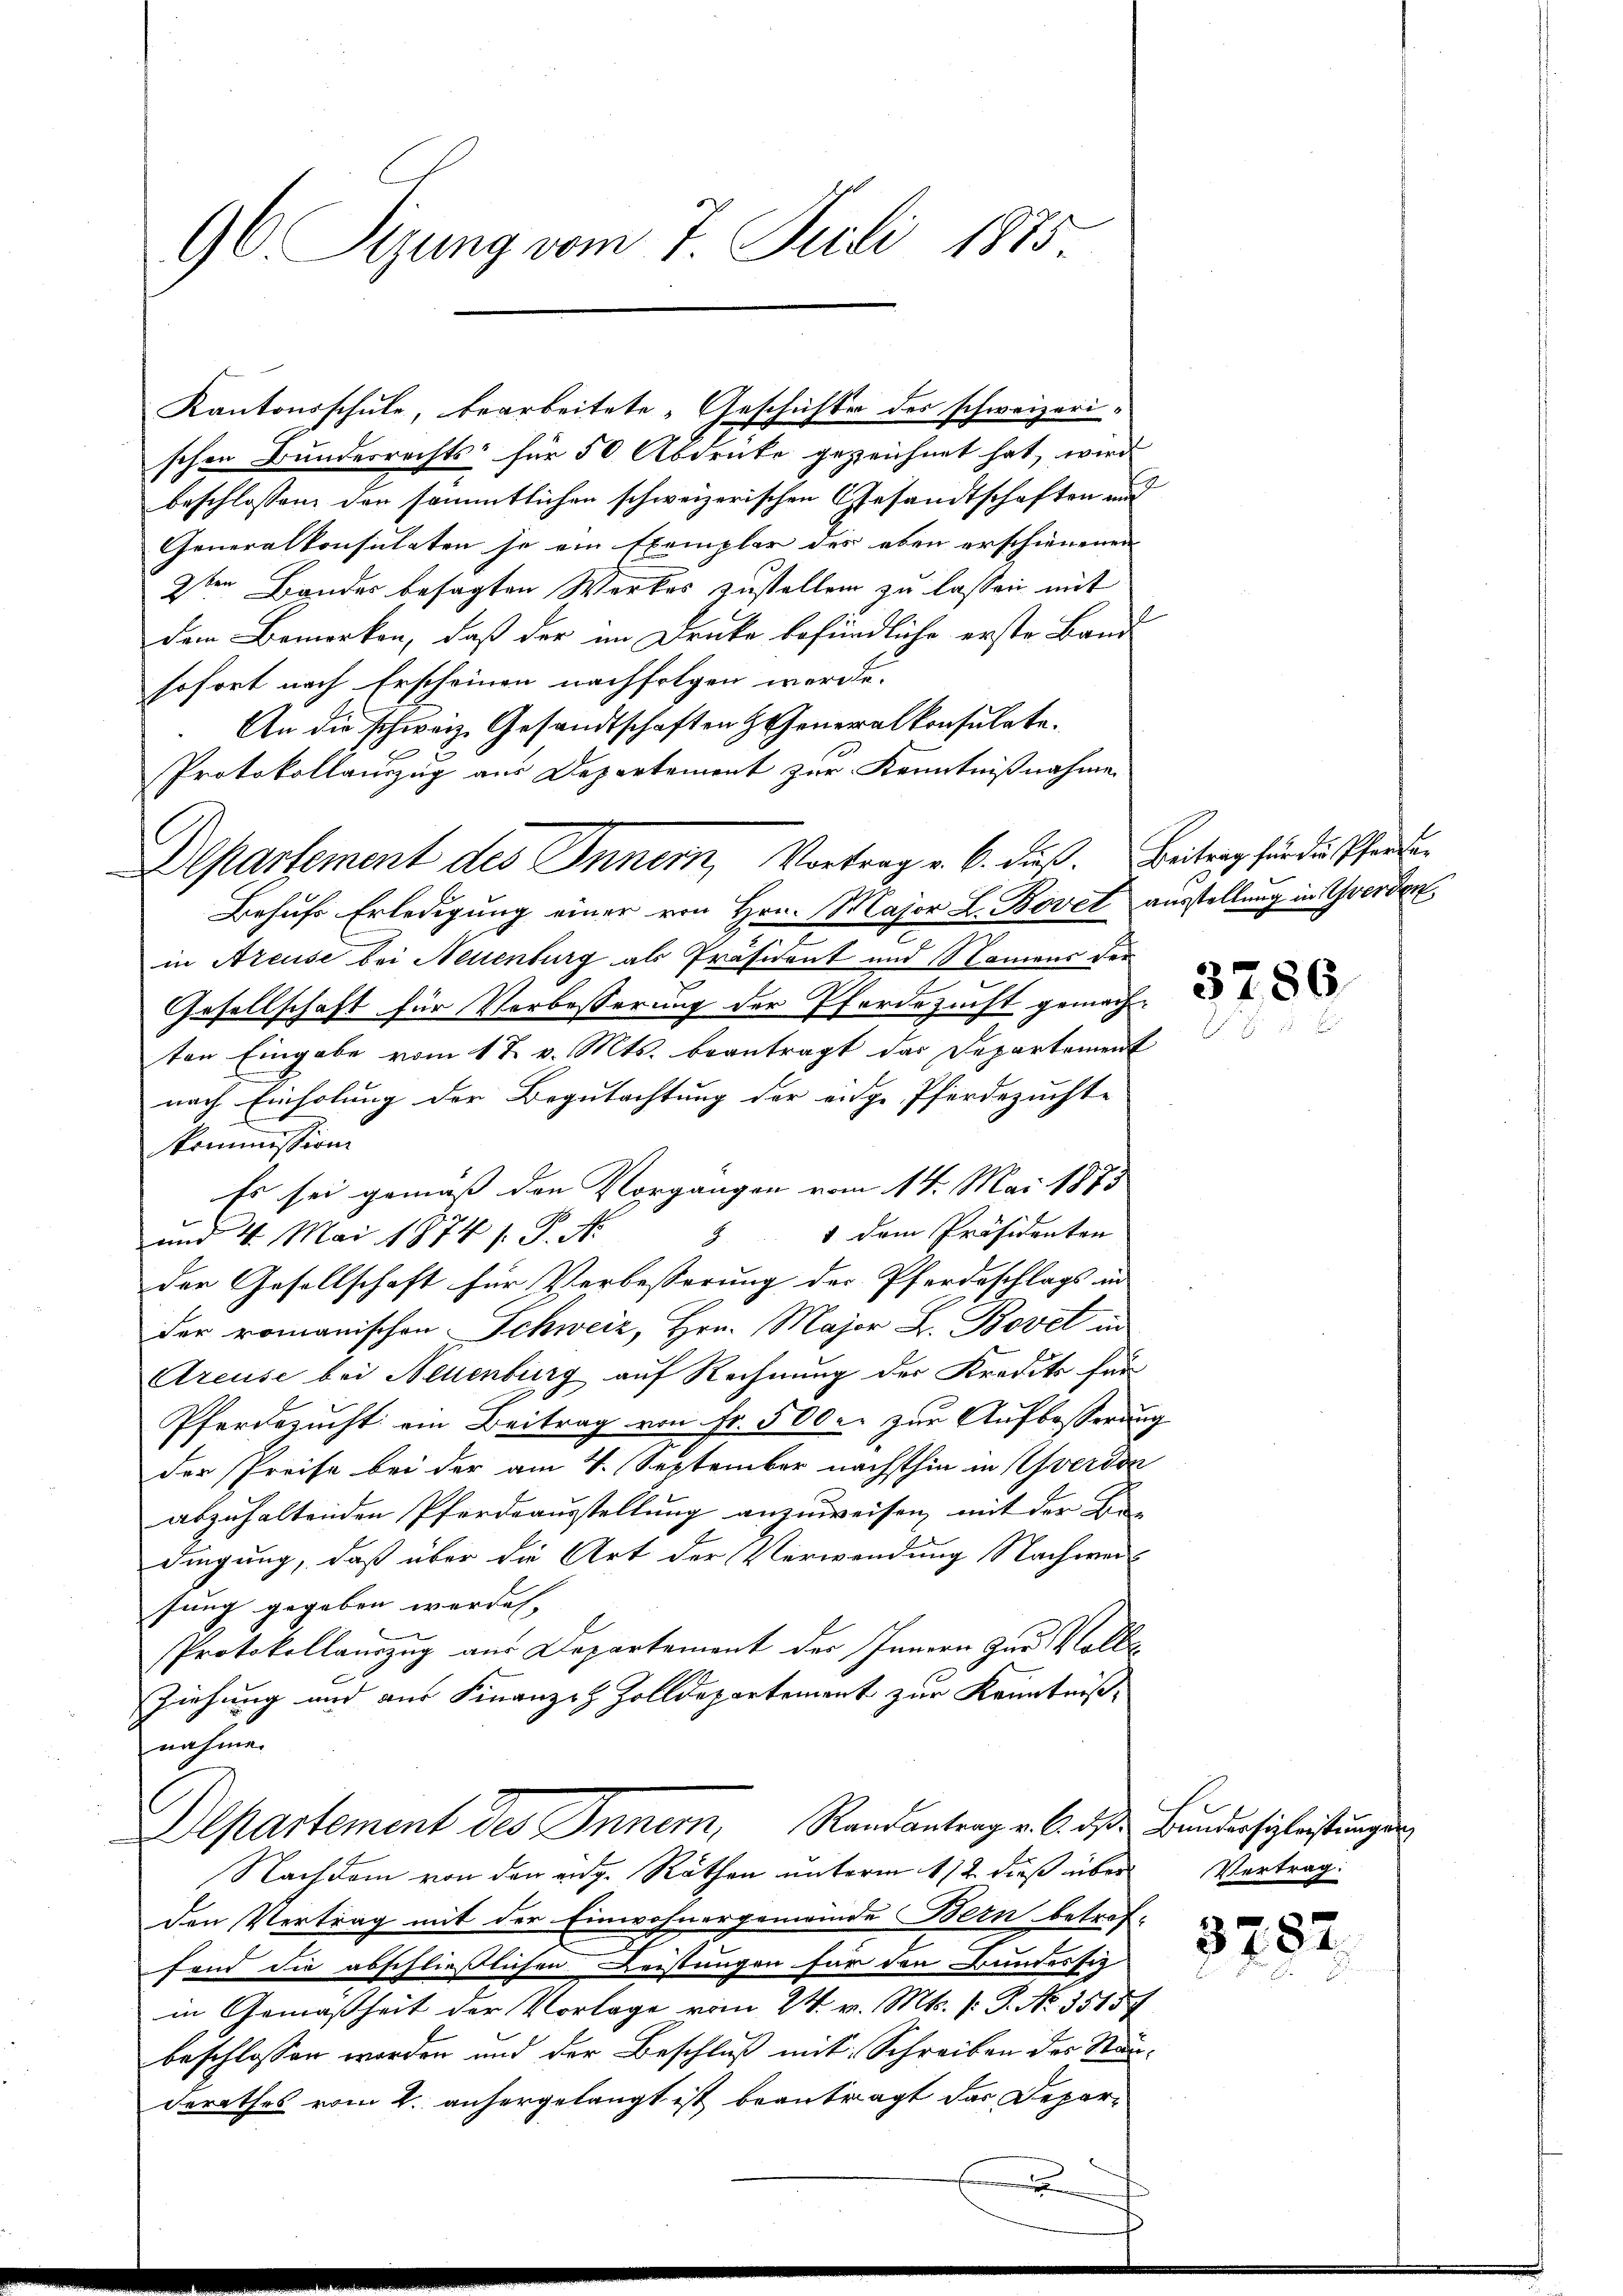
96 Sizung vom 7. Juli 1875.

Kantonsschule, bearbeitete „Geschichter des schweizeri-
schen Bundesrechts für 50 Abdruke gezeichnet hat, wird,
beschlossen, den sämmtlichen schweizerischen Gesandtschaften und
Generalkonsulaten se ein Exemplar des eben erschienenen
2ten Bander besagten Werkes zustellen zu lassen mit
dem Bemerken, daß der im Drucke befündliche erste Band
sofort nach Erscheinen nachfolgen werde.
An die schweiz. Gesandtschaften Generalkonsulate.
Protokollauszug aus Departement zur Kenntnißnahme
Behufs Erledigung einer von Hrn. Major L. Bovet ausstellung in Werden
e
in Areuse bei Neuenburg als Präsident und Namens der
Gesellschaft für Verbesserung der Pferdezucht gemachten Eingabe vom 17. v. Mts. beantragt das Departement
nach Einholung der Begutachtung der eidge Pferdezuchte
kommission
Es sei gemäß den Vorgangen vom 14. Mai 1873
§ 1 dem Präsidenten
und 4. Mai 1874 s. P. Nr.
der Gesellschaft für Verbesserung der Pferdeschlags in
der romanischen Schweiz, Hrn. Major L. Bovet in
Areuse bei Neuenburg auf Rechnung der Kredits für
Pferdezucht ein Beitrag von Fr. 500 r. zur Aufbesserung
der Preise bei der am 4. September nächsthin in verdon
abzuhaltenden Pferdeausstellung anzuweisen, mit der Be-
dingung, daß über die Art der Verwendung Nachweisung gegeben werden, |
Protokollauszug aus Departement des Innern zur Volle
Ziehung und aus Finanziz Zolldepartement zur Kenntniß,
nahme.
Departement des Inner, Randantrag v. 6. ds Bundersieleistungen
Nach dem von den eidg. Räthen unterm 112. dieß über
den Vertrag mit der Einwohnergemeinde Bern betreffond die abschließlichen Leistungen für den Bundessitz
in Gemäßheit der Vorlage vom 24. v. Mts. (: P. No. 3515
beschlossen werden und der Beschluß mit Schreiben des Standerathes vom 2. anhergelangt ist beantragt das Depar¬

Departement des Innern, Vortrag v. 6. Fuß. Beitrag für die Pfeile

l

3786

Vertrag:

3782.